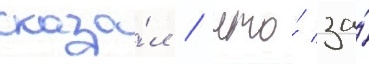
сказа́л / что́ за́